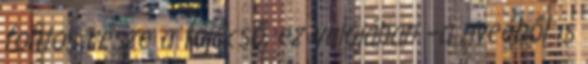
fontos része a tojócső, ez valójában –a nveéből is